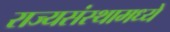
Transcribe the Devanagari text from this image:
राज्यसंस्थामध्ये